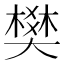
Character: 樊